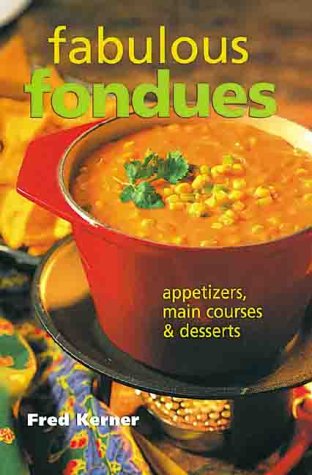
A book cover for Fabulous Fondues: Appetizers, Main Courses & Desserts; Fred Kerner; Cookbooks, Food & Wine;